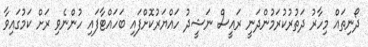
ދޯނިތައް މިހާރު ދަތުރުކުރަމުންދަނީ ރައީސް ނަޝީދު ހައްޔަރުކޮށްފައި ބަހައްޓާފައި ހުންނެވި ރަށް ކަމުގައިވާ